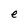
Character: e